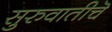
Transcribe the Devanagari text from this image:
सुरुवातीचॆ